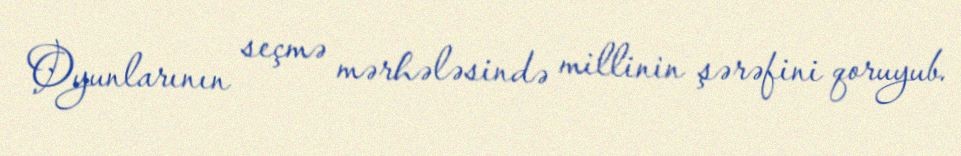
Oyunlarının seçmə mərhələsində millinin şərəfini qoruyub.